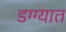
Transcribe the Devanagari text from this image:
डग्ग्यात